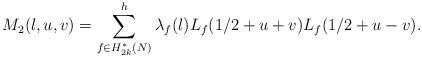
LaTeX: \begin{align*}M_2(l,u,v)=\sum_{f \in H_{2k}^{*}(N)}^{h}\lambda_f(l)L_f(1/2+u+v)L_f(1/2+u-v).\end{align*}